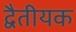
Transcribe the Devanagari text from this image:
द्वैतीयक